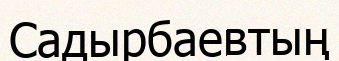
Садырбаевтың